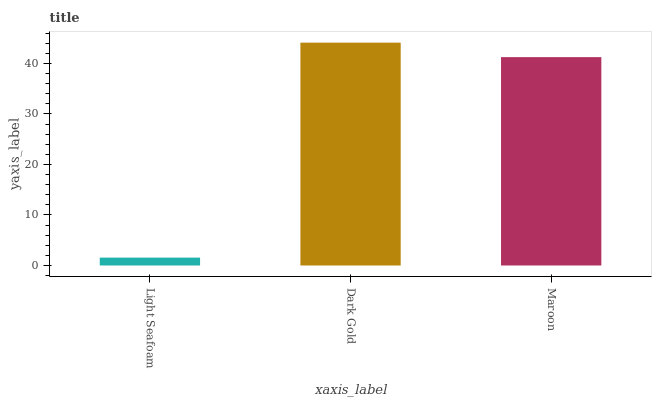
| xaxis_label | bars |
 | --- | --- |
 | Light Seafoam | 1.56 |
 | Dark Gold | 44.1 |
 | Maroon | 41.2 |